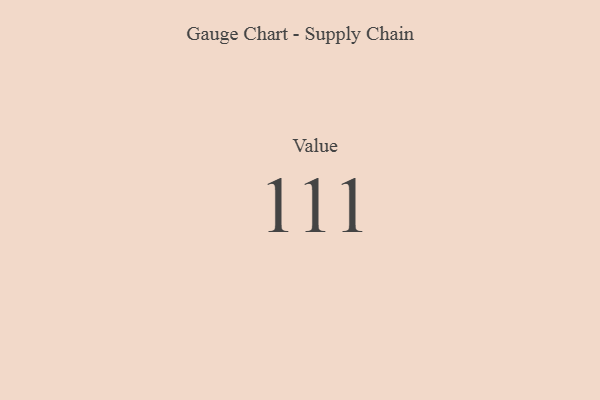
{"axis": {"x": "Metric", "y": "Value"}, "legend": [""], "data": [{"x": "Value", "y": 111, "type": ""}]}